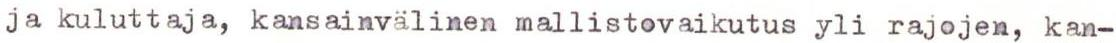
ja kuluttaja, kansainvälinen mallistovaikutus yli rajojen, kan-